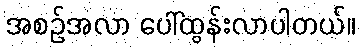
အစဉ်အလာ ပေါ်ထွန်းလာပါတယ်။